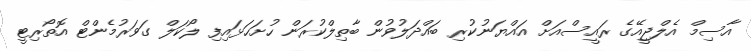
އާސިމް އެލްޖީއޭގެ ރައީސްއަށް އައްޔަނުކުރި ބައްދަލުވުން ބާތިލްކުރަން ހުށަހަޅައިފި ލޯކަލް ގަވަރުމެންޓް އޮތޯރިޓީ